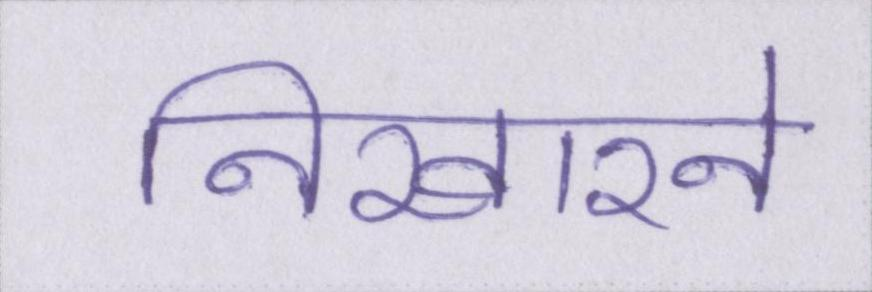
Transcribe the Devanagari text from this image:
निखारने